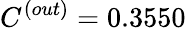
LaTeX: C^{(out)}=0.3550